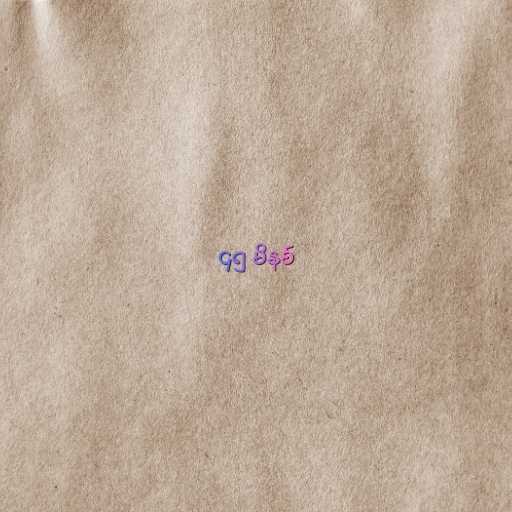
၄၅ မိနစ်